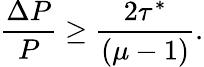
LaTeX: \frac{\Delta P}{P}\geq\frac{2\tau^{*}}{(\mu-1)}.